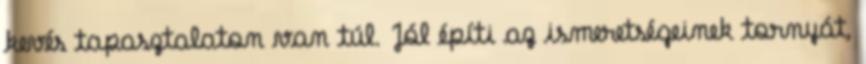
kevés tapasztalaton van túl. Jól építi az ismeretségeinek tornyát,